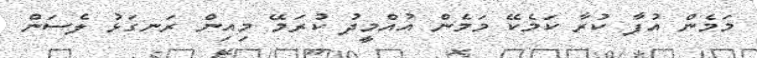
މަމެން އުފާ ކުރާ ކަމެކޭ މަމެން އުއްމީދު ކުރަމޭ މިއިން ރަނގަޅު ލެސަން